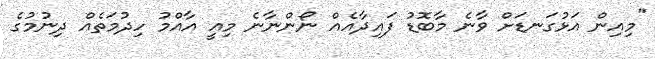
"މިއިން އަޅުގަނޑަށް ވާނެ މާބޮޑު ފައިދާއެއް ނޯންނާނެ މިއީ އާއްމު ހިދުމަތެއް ދިނުމުގެ